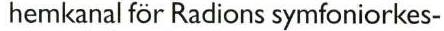
 hemkanal för Radions symfoniorkes-